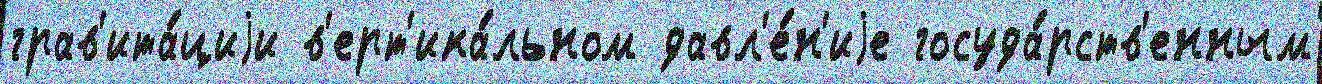
грав'ита́циjи в'ерт'ика́льном давл'е́н'иjе госуда́рств'енным